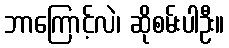
ဘာကြောင့်လဲ၊ ဆိုစမ်းပါဦး။